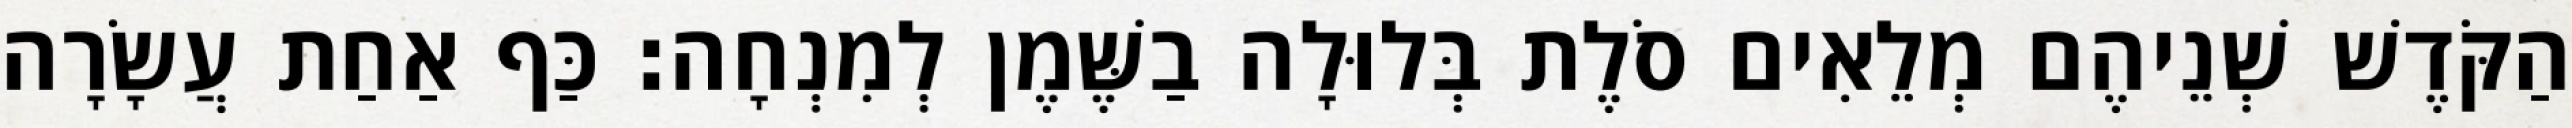
הַקֹּדֶשׁ שְׁנֵיהֶם מְלֵאִים סֹלֶת בְּלוּלָה בַשֶּׁמֶן לְמִנְחָה׃ כַּף אַחַת עֲשָׂרָה